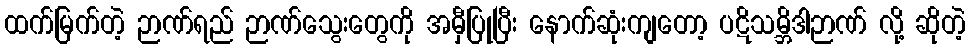
ထက်မြက်တဲ့ ဉာဏ်ရည် ဉာဏ်သွေးတွေကို အမှီပြုပြီး နောက်ဆုံးကျတော့ ပဋိသမ္ဘိဒါဉာဏ် လို့ ဆိုတဲ့